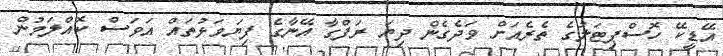
އޭޑީކޭ ހޮސްޕިޓަލުގެ ތެރެއަށް ވަދެގެން ދިޔަ ރަފްގާ އޭނާގެ ފިޔަވަޅުތައް އަވަސް ކޮއްލަމުން